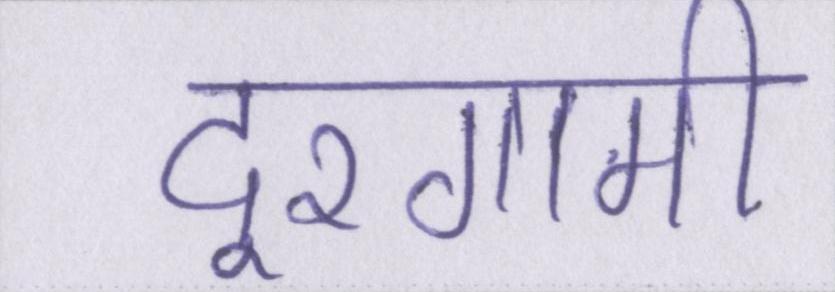
दूरगामी